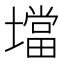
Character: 壋